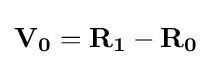
\mathbf {V_{0}} =\mathbf {R_{1}} -\mathbf {R_{0}}